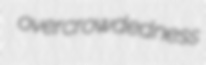
overcrowdedness